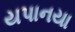
યપાનયા